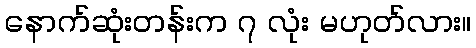
နောက်ဆုံးတန်းက ၇ လုံး မဟုတ်လား။